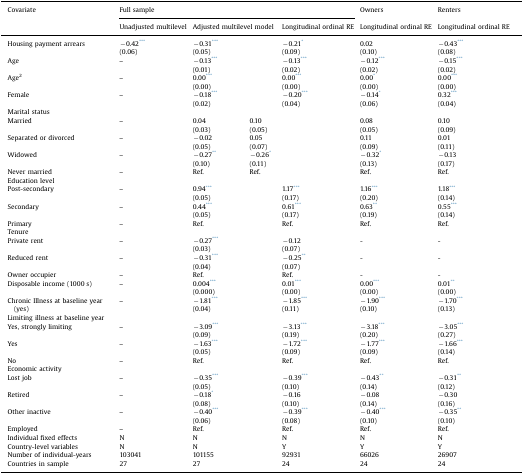
<table><thead><tr><td><b>Covariate</b></td><td colspan="4"><b>Full sample</b></td><td><b>Owners</b></td><td><b>Renters</b></td></tr><tr><td></td><td><b>Unadjusted multilevel</b></td><td colspan="2"><b>Adjusted multilevel model</b></td><td><b>Longitudinal ordinal RE</b></td><td><b>Longitudinal ordinal RE</b></td><td><b>Longitudinal ordinal RE</b></td></tr></thead><tbody><tr><td rowspan="2">Housing payment arrears</td><td>−0.42***</td><td colspan="2">−0.31***</td><td>−0.21*</td><td>0.02</td><td>−0.43***</td></tr><tr><td>(0.06)</td><td colspan="2">(0.05)</td><td>(0.09)</td><td>(0.10)</td><td>(0.08)</td></tr><tr><td rowspan="2">Age</td><td>–</td><td colspan="2">−0.13***</td><td>−0.13***</td><td>−0.12***</td><td>−0.15***</td></tr><tr><td></td><td colspan="2">(0.01)</td><td>(0.02)</td><td>(0.02)</td><td>(0.02)</td></tr><tr><td rowspan="2">Age<sup>2</sup></td><td>–</td><td colspan="2">0.00***</td><td>0.00***</td><td>0.00*</td><td>0.00***</td></tr><tr><td></td><td colspan="2">(0.00)</td><td>(0.00)</td><td>(0.00)</td><td>(0.00)</td></tr><tr><td rowspan="2">Female</td><td>–</td><td colspan="2">−0.18***</td><td>−0.20***</td><td>−0.14*</td><td>0.32***</td></tr><tr><td></td><td colspan="2">(0.02)</td><td>(0.04)</td><td>(0.06)</td><td>(0.04)</td></tr><tr><td colspan="7">Marital status</td></tr><tr><td rowspan="2">Married</td><td>–</td><td>0.04</td><td colspan="2">0.10</td><td>0.08</td><td>0.10</td></tr><tr><td></td><td>(0.03)</td><td colspan="2">(0.05)</td><td>(0.05)</td><td>(0.09)</td></tr><tr><td rowspan="2">Separated or divorced</td><td>–</td><td>−0.02</td><td colspan="2">0.05</td><td>0.11</td><td>0.01</td></tr><tr><td></td><td>(0.05)</td><td colspan="2">(0.07)</td><td>(0.09)</td><td>(0.11)</td></tr><tr><td rowspan="2">Widowed</td><td>–</td><td>−0.27**</td><td colspan="2">−0.26*</td><td>−0.32*</td><td>−0.13</td></tr><tr><td></td><td>(0.10)</td><td colspan="2">(0.11)</td><td>(0.13)</td><td>(0.17)</td></tr><tr><td>Never married</td><td>–</td><td>Ref.</td><td colspan="2">Ref.</td><td>Ref.</td><td>Ref.</td></tr><tr><td colspan="7">Education level</td></tr><tr><td rowspan="2">Post-secondary</td><td>–</td><td colspan="2">0.94***</td><td>1.17***</td><td>1.16***</td><td>1.18***</td></tr><tr><td></td><td colspan="2">(0.05)</td><td>(0.17)</td><td>(0.20)</td><td>(0.14)</td></tr><tr><td rowspan="2">Secondary</td><td>–</td><td colspan="2">0.44***</td><td>0.61***</td><td>0.63**</td><td>0.55***</td></tr><tr><td></td><td colspan="2">(0.05)</td><td>(0.17)</td><td>(0.19)</td><td>(0.14)</td></tr><tr><td>Primary</td><td>–</td><td colspan="2">Ref.</td><td>Ref.</td><td>Ref.</td><td>Ref.</td></tr><tr><td colspan="7">Tenure</td></tr><tr><td rowspan="2">Private rent</td><td>–</td><td colspan="2">−0.27***</td><td>−0.12</td><td>-</td><td>-</td></tr><tr><td></td><td colspan="2">(0.03)</td><td>(0.07)</td><td></td><td></td></tr><tr><td rowspan="2">Reduced rent</td><td>–</td><td colspan="2">−0.31***</td><td>−0.25**</td><td>-</td><td>-</td></tr><tr><td></td><td colspan="2">(0.04)</td><td>(0.07)</td><td></td><td></td></tr><tr><td>Owner occupier</td><td>–</td><td colspan="2">Ref.</td><td>Ref.</td><td>-</td><td>-</td></tr><tr><td rowspan="2">Disposable income (1000 s)</td><td>–</td><td colspan="2">0.004***</td><td>0.01***</td><td>0.00***</td><td>0.01**</td></tr><tr><td></td><td colspan="2">(0.000)</td><td>(0.00)</td><td>(0.00)</td><td>(0.00)</td></tr><tr><td rowspan="2">Chronic Illness at baseline year (yes)</td><td>–</td><td colspan="2">−1.81***</td><td>−1.85***</td><td>−1.90***</td><td>−1.70***</td></tr><tr><td></td><td colspan="2">(0.04)</td><td>(0.11)</td><td>(0.10)</td><td>(0.13)</td></tr><tr><td colspan="7">Limiting illness at baseline year</td></tr><tr><td rowspan="2">Yes, strongly limiting</td><td>–</td><td colspan="2">−3.09***</td><td>−3.13***</td><td>−3.18***</td><td>−3.05***</td></tr><tr><td></td><td colspan="2">(0.09)</td><td>(0.19)</td><td>(0.20)</td><td>(0.27)</td></tr><tr><td rowspan="2">Yes</td><td>–</td><td colspan="2">−1.63***</td><td>−1.72***</td><td>−1.77***</td><td>−1.66***</td></tr><tr><td></td><td colspan="2">(0.05)</td><td>(0.09)</td><td>(0.09)</td><td>(0.14)</td></tr><tr><td>No</td><td>–</td><td colspan="2">Ref.</td><td>Ref.</td><td>Ref.</td><td>Ref.</td></tr><tr><td colspan="7">Economic activity</td></tr><tr><td rowspan="2">Lost job</td><td>–</td><td colspan="2">−0.35***</td><td>−0.39***</td><td>−0.43**</td><td>−0.31**</td></tr><tr><td></td><td colspan="2">(0.05)</td><td>(0.10)</td><td>(0.14)</td><td>(0.12)</td></tr><tr><td rowspan="2">Retired</td><td>–</td><td colspan="2">−0.18*</td><td>−0.16</td><td>−0.08</td><td>−0.30</td></tr><tr><td></td><td colspan="2">(0.08)</td><td>(0.10)</td><td>(0.14)</td><td>(0.16)</td></tr><tr><td rowspan="2">Other inactive</td><td>–</td><td colspan="2">−0.40***</td><td>−0.39***</td><td>−0.40***</td><td>−0.35**</td></tr><tr><td></td><td colspan="2">(0.06)</td><td>(0.08)</td><td>(0.10)</td><td>(0.10)</td></tr><tr><td>Employed</td><td>–</td><td colspan="2">Ref.</td><td>Ref.</td><td>Ref.</td><td>Ref.</td></tr><tr><td>Individual fixed effects</td><td>N</td><td colspan="2">N</td><td>N</td><td>N</td><td>N</td></tr><tr><td>Country-level variables</td><td>N</td><td colspan="2">N</td><td>Y</td><td>Y</td><td>Y</td></tr><tr><td>Number of individual-years</td><td>103041</td><td colspan="2">101155</td><td>92931</td><td>66026</td><td>26907</td></tr><tr><td>Countries in sample</td><td>27</td><td colspan="2">27</td><td>24</td><td>24</td><td>24</td></tr></tbody></table>